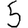
Digit: 5